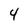
Character: 4